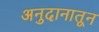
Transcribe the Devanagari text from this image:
अनुदानातून